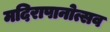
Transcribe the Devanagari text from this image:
मदिरापानोत्सव